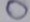
0